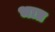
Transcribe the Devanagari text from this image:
भाप्र